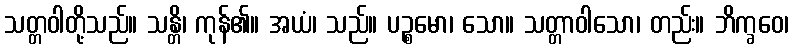
သတ္တဝါတို့သည်။ သန္တိ၊ ကုန်၏။ အယံ၊ သည်။ ပဉ္စမော၊ သော။ သတ္တာဝါသော၊ တည်း။ ဘိက္ခဝေ၊